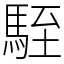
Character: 駤